65_HS1-834228961_62-HQ-83894_Section_7
Agency: FBI
Page 69
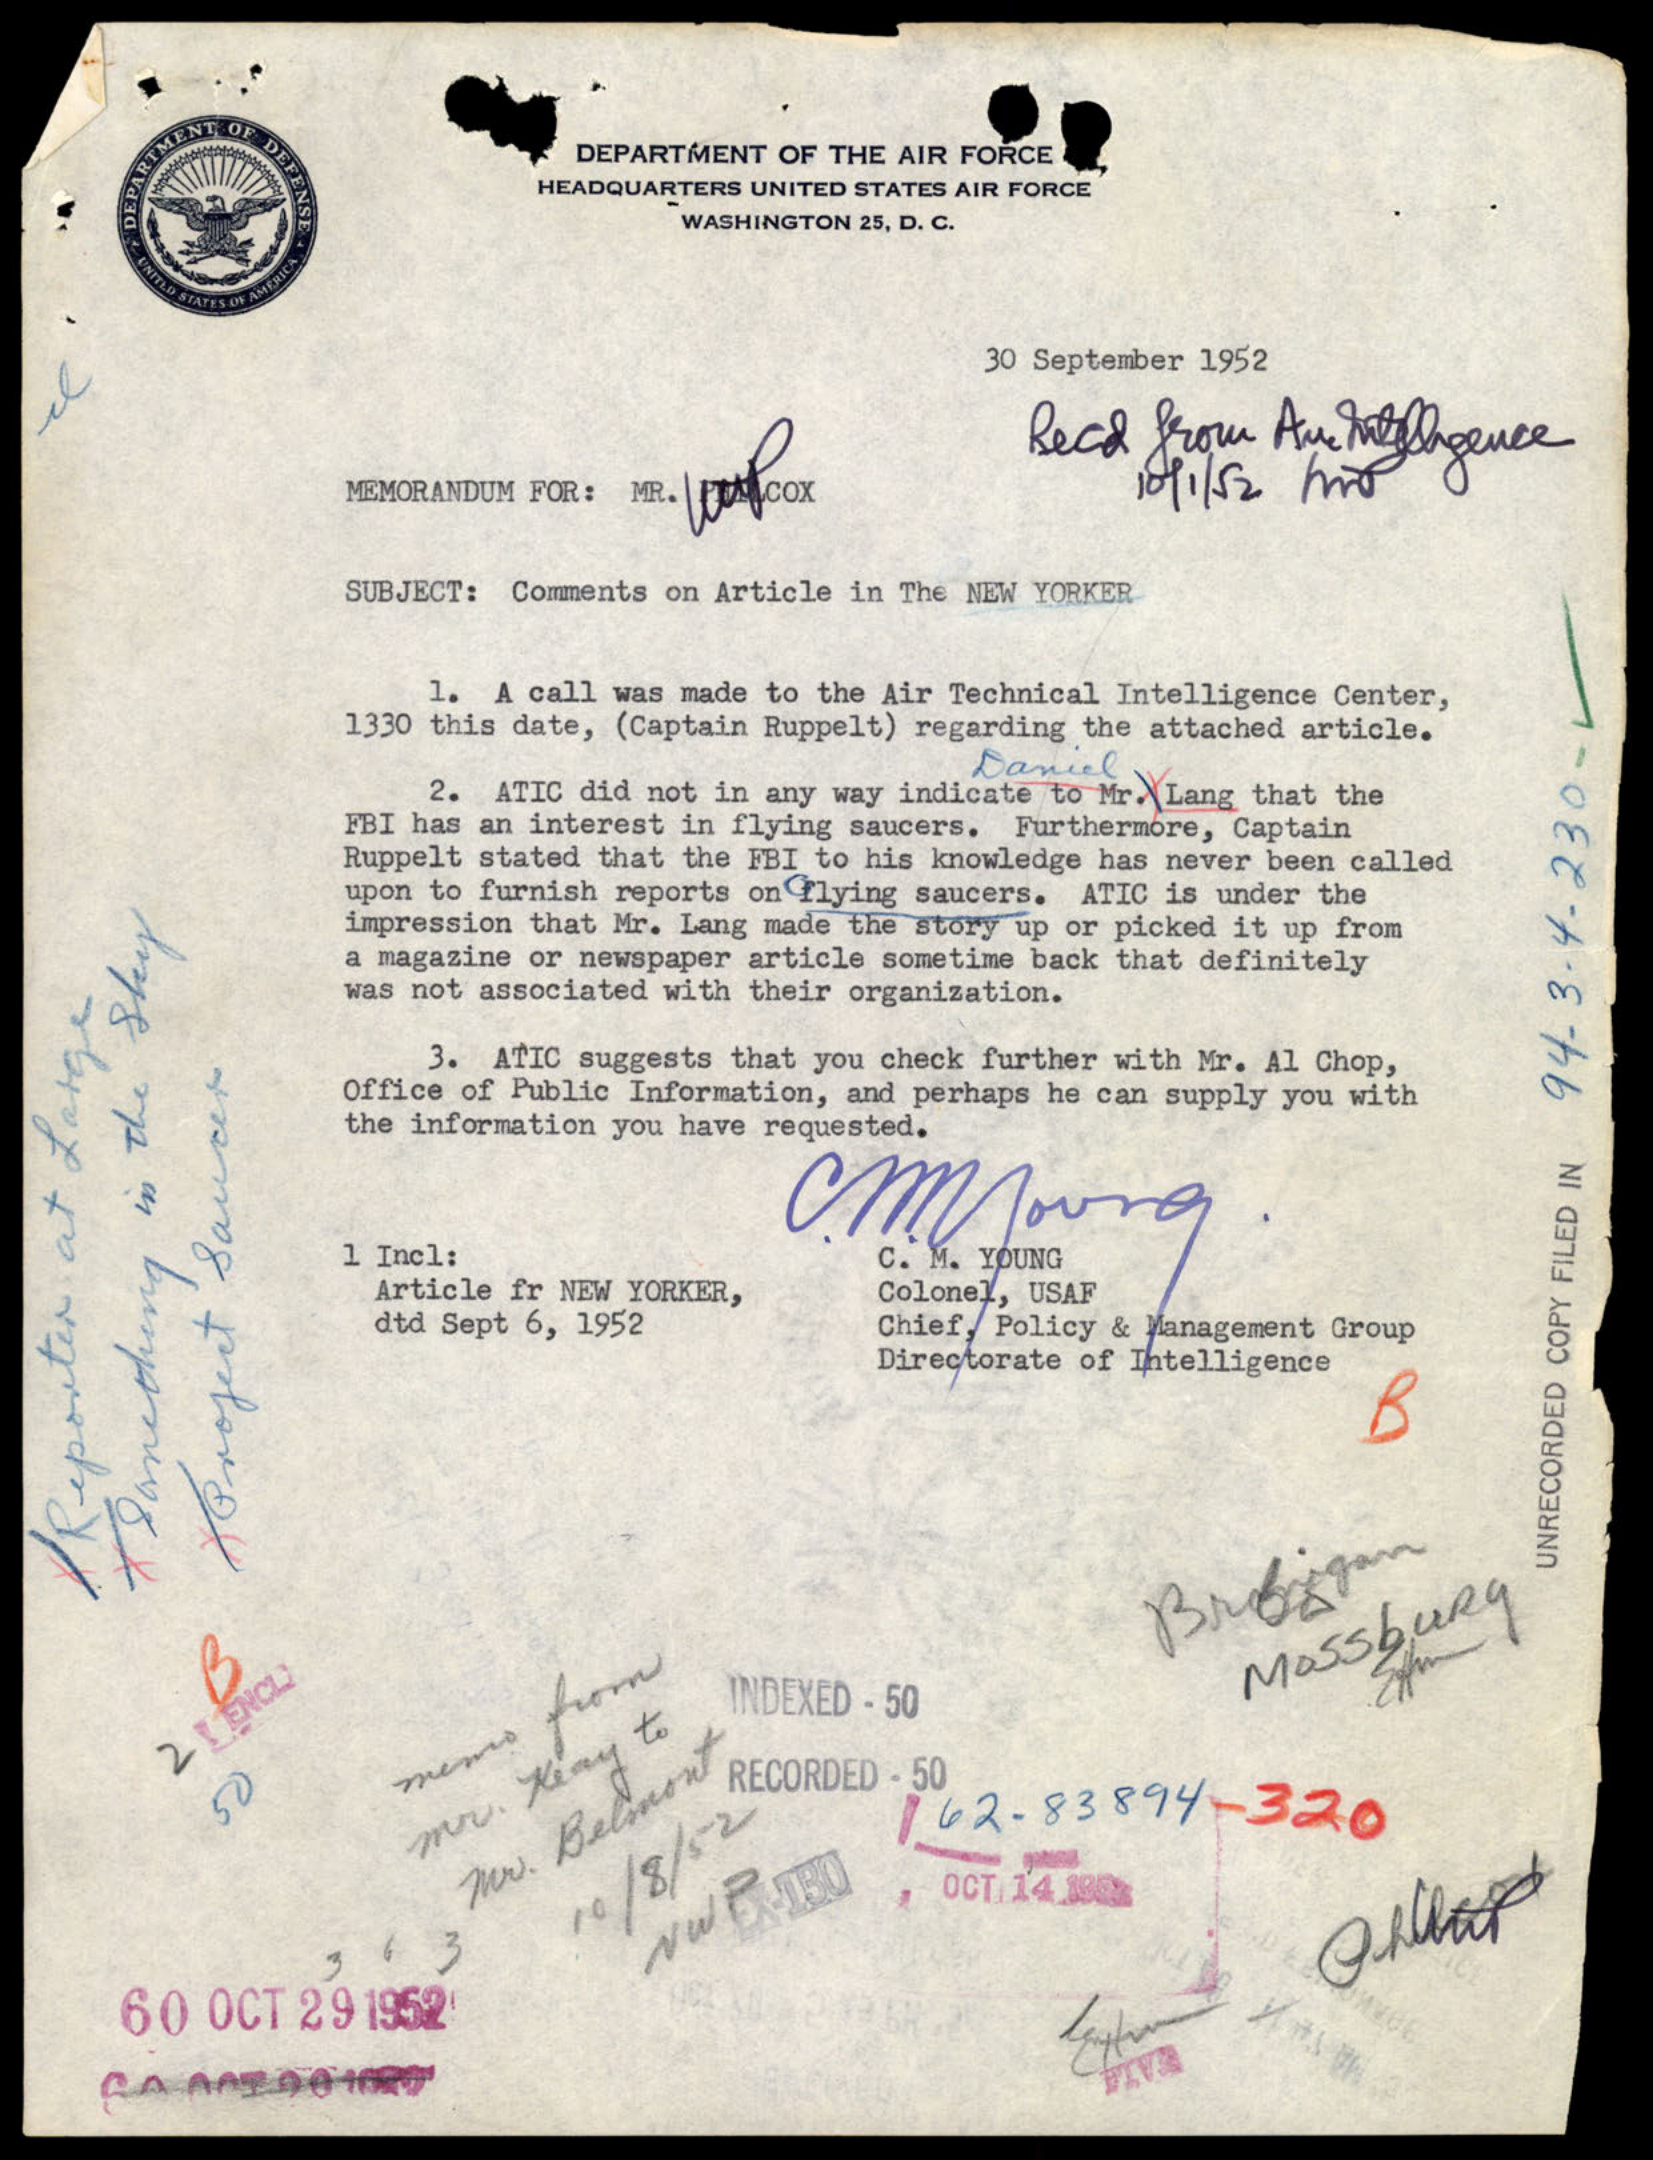